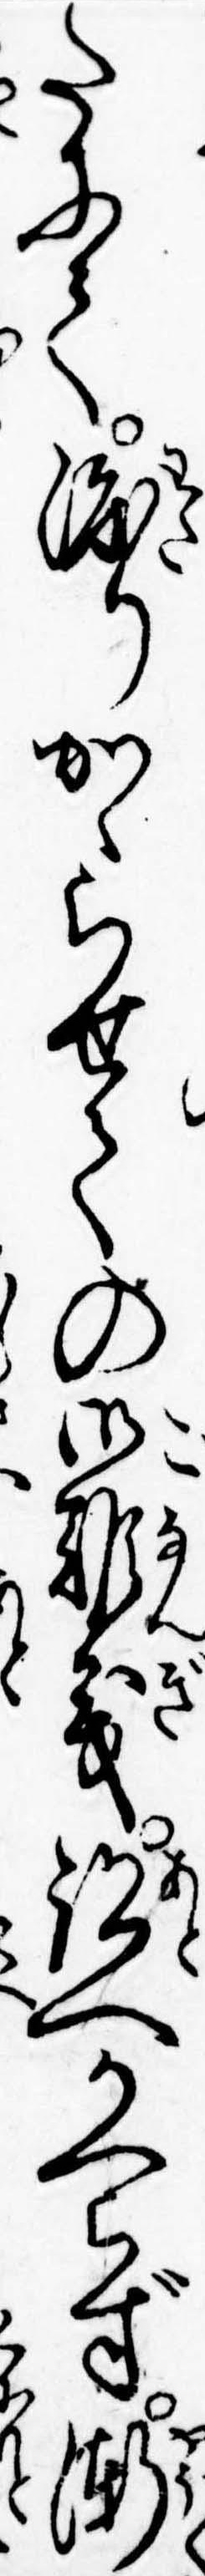
たにて渡りかゝらせての御難義跡へかへらず漸